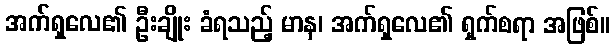
အက်ရှလေ၏ ဦးချိုး ခံရသည့် မာန၊ အက်ရှလေ၏ ရှက်စရာ အဖြစ်။